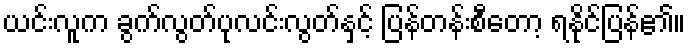
ယင်းလူက ခွက်လွတ်ပုလင်းလွတ်နှင့် ပြန်တန်းစီတော့ ရနိုင်ပြန်၏။